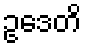
ဥဒေတိ